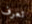
تعرف